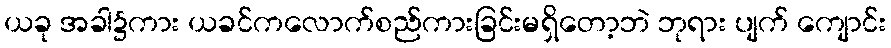
ယခု အခါ၌ကား ယခင်ကလောက်စည်ကားခြင်းမရှိတော့ဘဲ ဘုရား ပျက် ကျောင်း